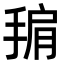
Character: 𭡙